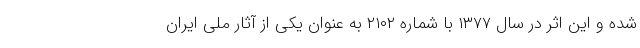
شده و این اثر در سال ۱۳۷۷ با شماره ۲۱۰۲ به عنوان یکی از آثار ملی ایران